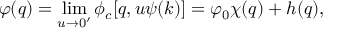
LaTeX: \varphi ( q ) = \operatorname * { l i m } _ { u \to 0 ^ { \prime } } \phi _ { c } [ q , u \psi ( k ) ] = \varphi _ { 0 } \chi ( q ) + h ( q ) ,